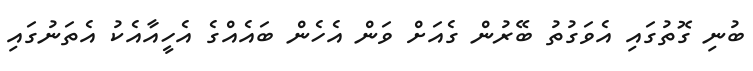
ބުނި ގޮތުގައި އެވަގުތު ބޭރުން ގެއަށް ވަން އެހެން ބައެއްގެ އެހީއާއެކު އެތަނުގައި